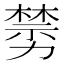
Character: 𠢵